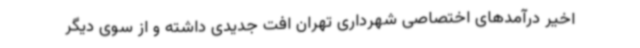
اخیر درآمدهای اختصاصی شهرداری تهران افت جدیدی داشته و از سوی دیگر